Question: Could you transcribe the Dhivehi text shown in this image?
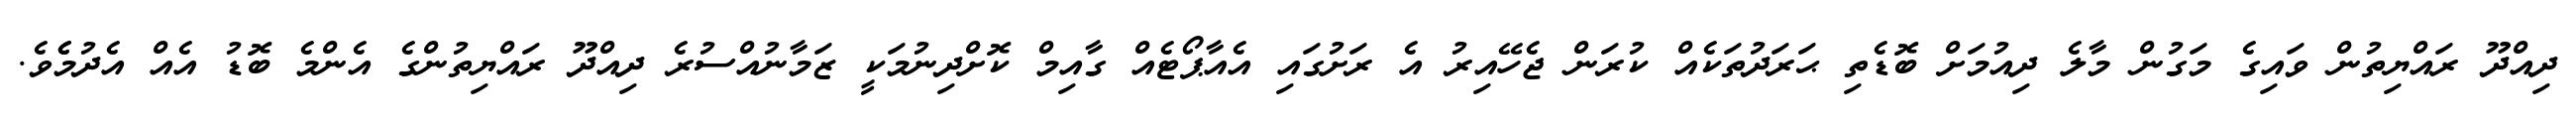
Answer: ދިއްދޫ ރައްޔިތުން ވައިގެ މަގުން މާލެ ދިއުމަށް ބޮޑެތި ޙަރަދުތަކެއް ކުރަން ޖެހޭއިރު އެ ރަށުގައި އެއާޕޯޓެއް ގާއިމް ކޮށްދިނުމަކީ ޒަމާނުއްސުރެ ދިއްދޫ ރައްޔިތުންގެ އެންމެ ބޮޑު އެއް އެދުމެެވެ.